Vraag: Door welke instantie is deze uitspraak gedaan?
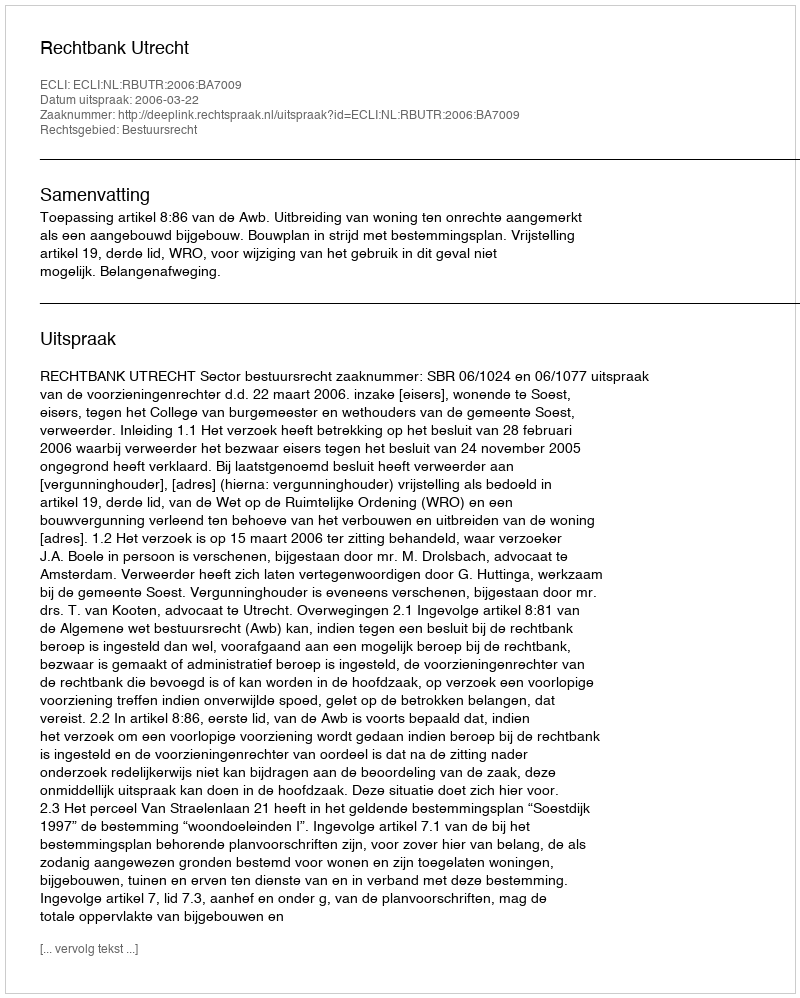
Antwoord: Rechtbank Utrecht